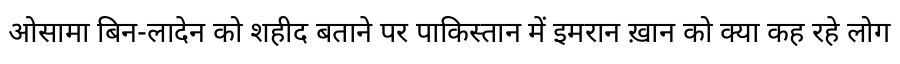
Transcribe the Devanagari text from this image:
ओसामा बिन-लादेन को शहीद बताने पर पाकिस्तान में इमरान ख़ान को क्या कह रहे लोग